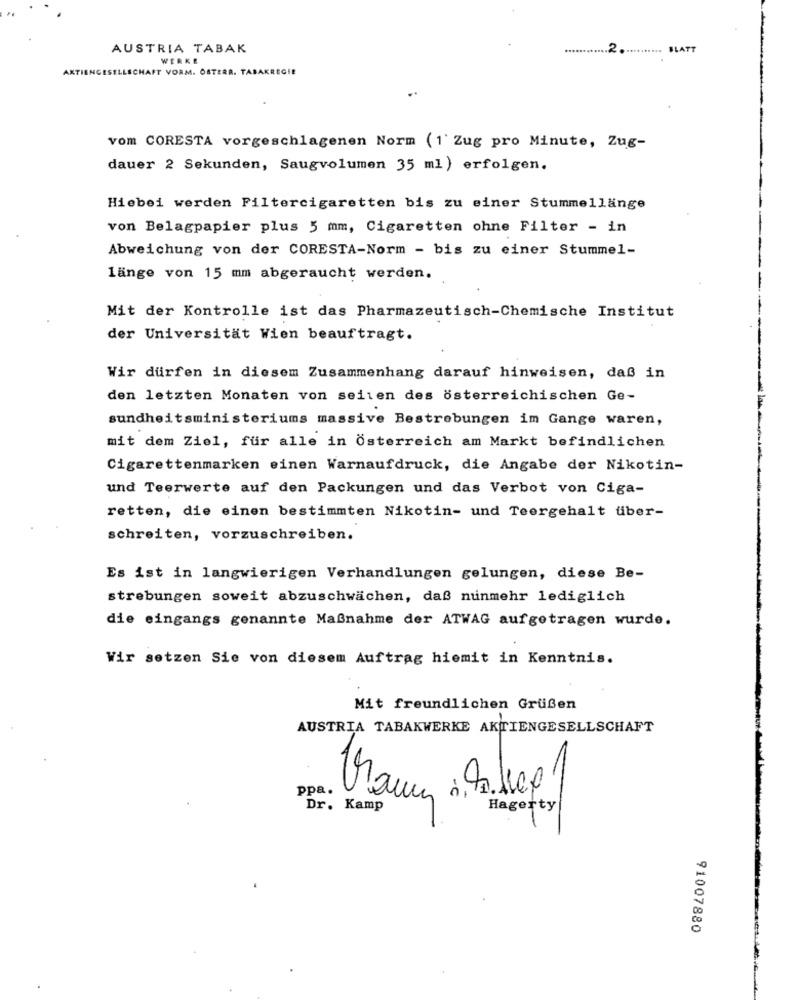
AUSTRIA TABAK
.......... BLATT
WERKE
CHAFT VORM. OSTERA. TABAKRECIE
vom CORESTA vorgeschlagenen Norm (1' Zug pro Minute, Zug-
dauer 2 Sekunden, Saugvolumen 35 ml ) erfolgen.
Hiebei werden Filtercigaretten bis zu einer Stummellänge
von Belagpapier plus 5 mm, Cigaretten ohne Filter - in
Abweichung von der CORESTA-Norm - bis zu einer Stummel-
länge von 15 mm abgeraucht werden.
Mit der Kontrolle ist das Pharmazeutisch-Chemische Institut
der Universität Wien beauftragt.
Wir dürfen in diesem Zusammenhang darauf hinweisen, daß in
den letzten Monaten von seiten des österreichischen Ge-
sundheitsministeriums massive Bestrebungen im Gange waren,
mit dem Ziel, für alle in Österreich am Markt befindlichen
Cigarettenmarken einen Warnaufdruck, die Angabe der Nikotin-
und Teerwerte auf den Packungen und das Verbot von Ciga-
retten, die einen bestimmten Nikotin- und Teergehalt über-
schreiten, vorzuschreiben.
Es ist in langwierigen Verhandlungen gelungen, diese Be-
strebungen soweit abzuschwächen, daß nunmehr lediglich
die eingangs genannte Maßnahme der ATWAG aufgetragen wurde.
Wir setzen Sie von diesem Auftrag hiemit in Kenntnis.
Mit freundlichen Grußen
AUSTRIA TABAKWERKE AKTIENGESELLSCHAFT
5
ppa.
-
Dr. Kamp
Hagerty
91007880